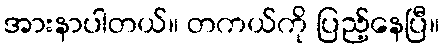
အားနာပါတယ်။ တကယ်ကို ပြည့်နေပြီ။